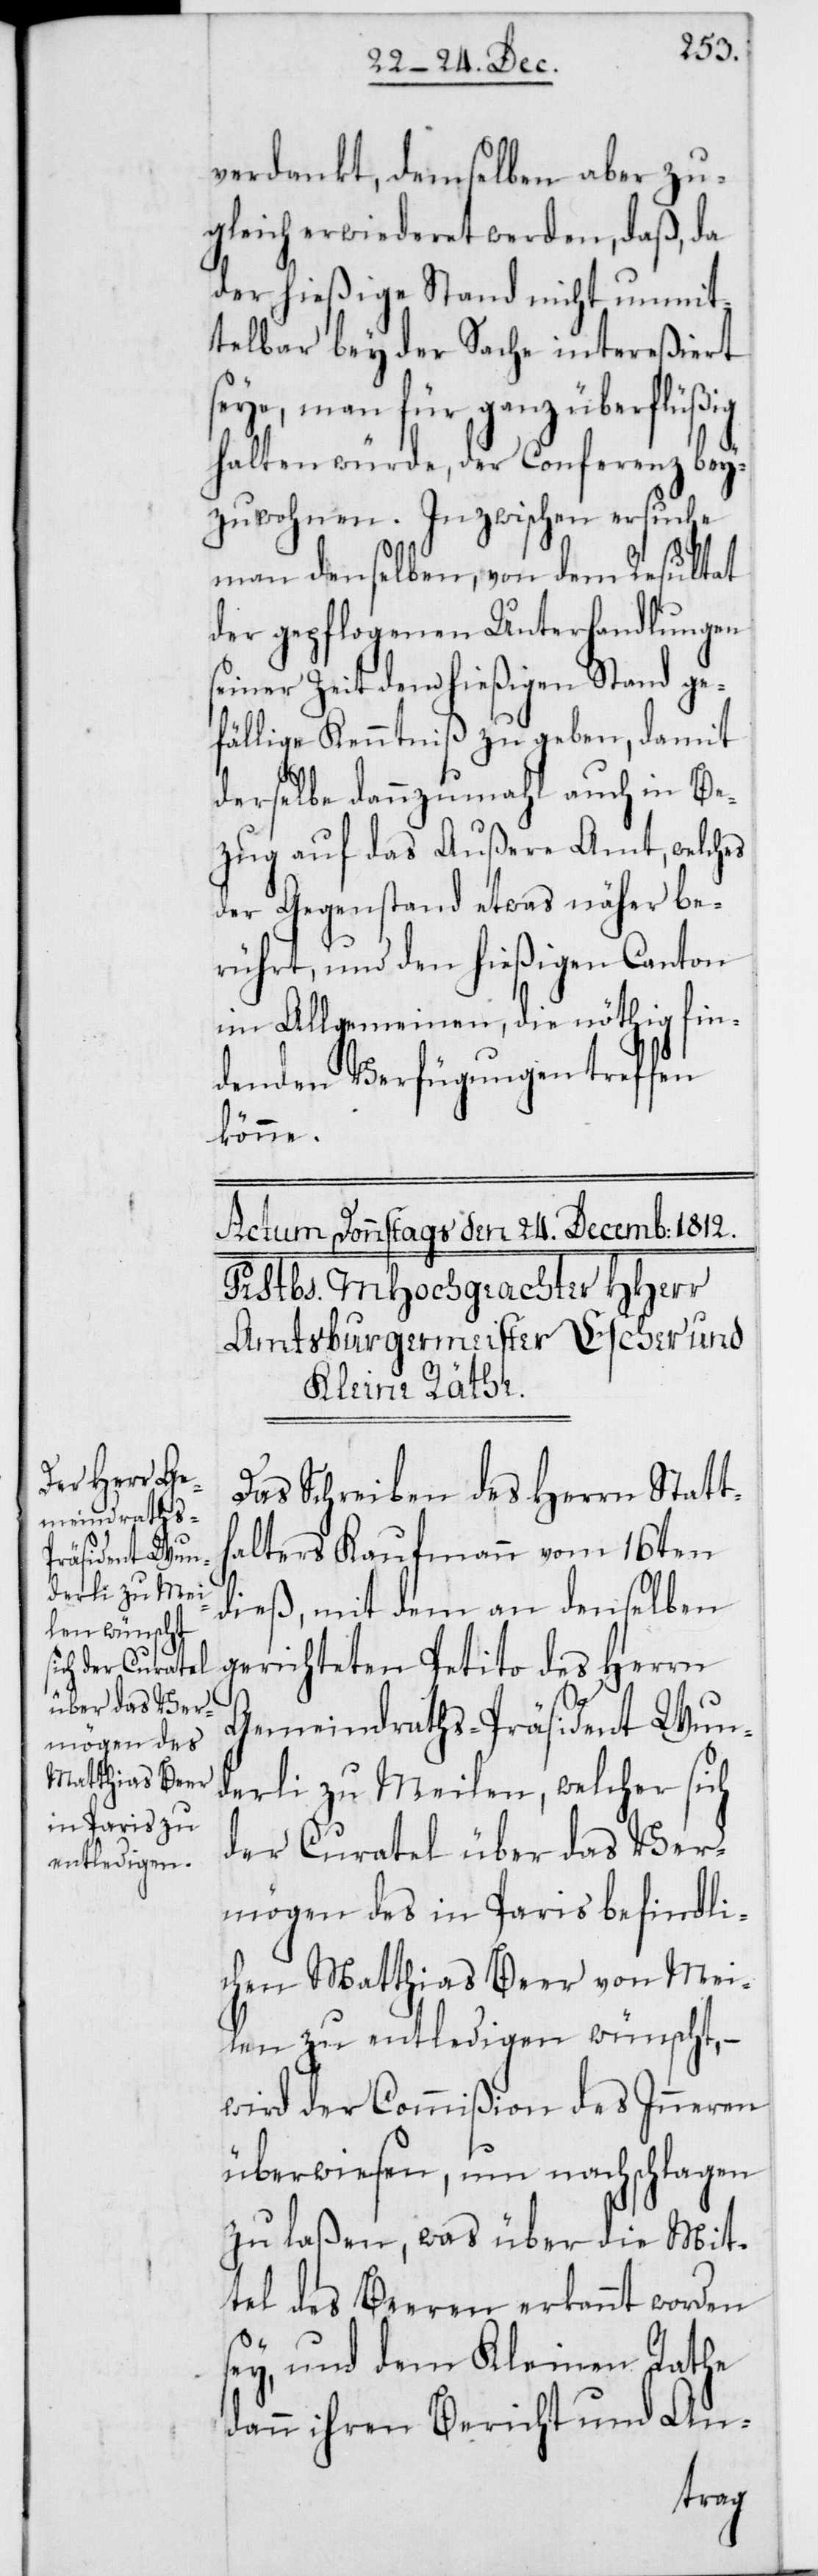
verdankt, demselben aber zu¬
gleich erwideret werden, daß, da
der hießige Stand nicht unmit¬
telbar bey der Sache intereßiert
seye, man für ganz überflüßig
halten würde, der Conferenz bey¬
zuwohnen. Inzwischen ersuche
man denselben, von dem Resultat
der gepflogenen Unterhandlungen
seiner Zeit dem hießigen Stand ge¬
fällige Kenntniß zu geben, damit
derselbe dannzumahl auch in Be¬
zug auf das Außere Amt, welches
der Gegenstand etwas näher be¬
rührt, und den hießigen Canton
im Allgemeinen, die nöthig fin¬
denden Verfügungen treffen
könne.
Das Schreiben des Herrn Statt¬
halters Kaufmann vom 16ten
dieß, mit dem an denselben
gerichteten Petito des Herrn
Gemeindraths-Präsidenten Wun¬
derli zu Meilen, welcher sich
der Curatel über das Ver¬
mögen des in Paris befindli¬
chen Matthias Beer von Mei¬
len zu entledigen wünscht, –
wird der Commißion des Inneren
überwiesen, um nachschlagen
zu laßen, was über die Mit¬
tel des Beeren erkannt worden
sey, und dem Kleinen Rathe
dann ihren Bericht und An-